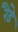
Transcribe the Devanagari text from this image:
रैंडे